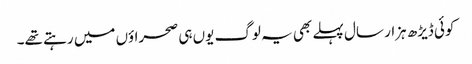
کوئی ڈیڑھ ہزار سال پہلے بھی یہ لوگ یوں ہی صحراؤں میں رہتے تھے۔